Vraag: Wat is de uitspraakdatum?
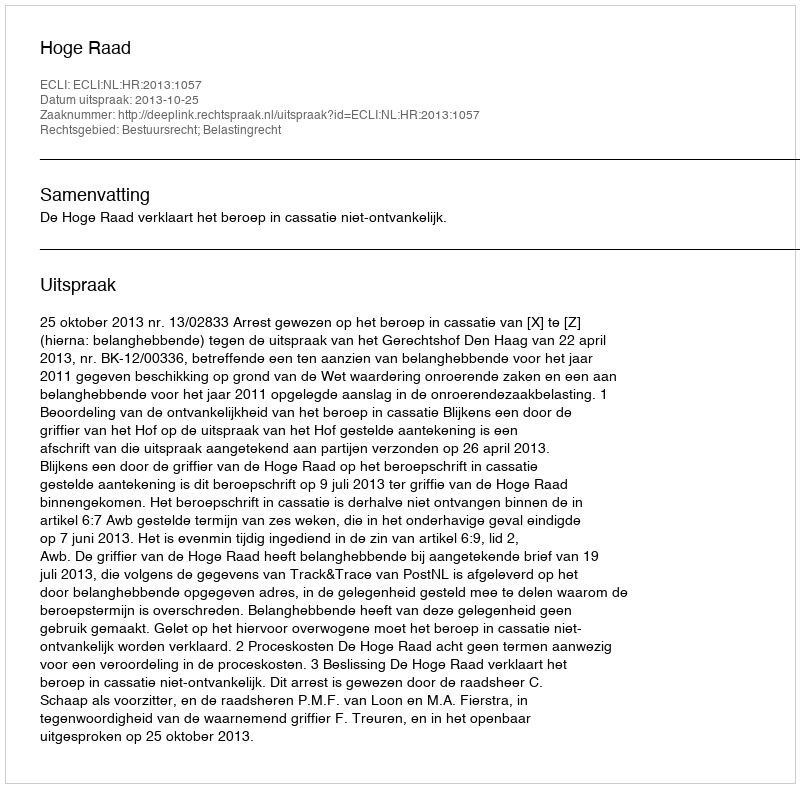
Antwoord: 2013-10-25